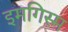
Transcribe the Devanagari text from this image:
इमगिस्म